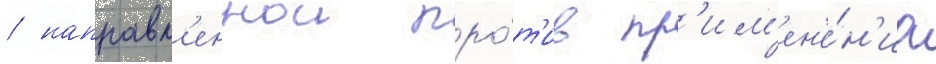
/ направл'еннои про́т'ив пр'им'ен'е́н'иа